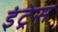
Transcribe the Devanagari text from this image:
इंट्रेस